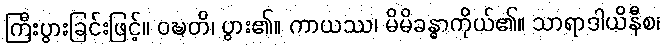
ကြီးပွားခြင်းဖြင့်။ ဝဍ္ဎတိ၊ ပွား၏။ ကာယဿ၊ မိမိခန္ဓာကိုယ်၏။ သာရာဒါယိနီစ၊